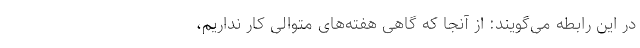
در این رابطه می‌گویند: از آنجا که گاهی هفته‌های متوالی کار نداریم،